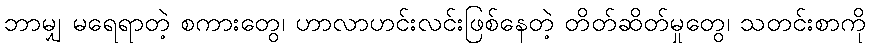
ဘာမျှ မရေရာတဲ့ စကားတွေ၊ ဟာလာဟင်းလင်းဖြစ်နေတဲ့ တိတ်ဆိတ်မှုတွေ၊ သတင်းစာကို